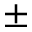
\pm